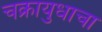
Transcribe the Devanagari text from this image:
चक्रायुधाचा